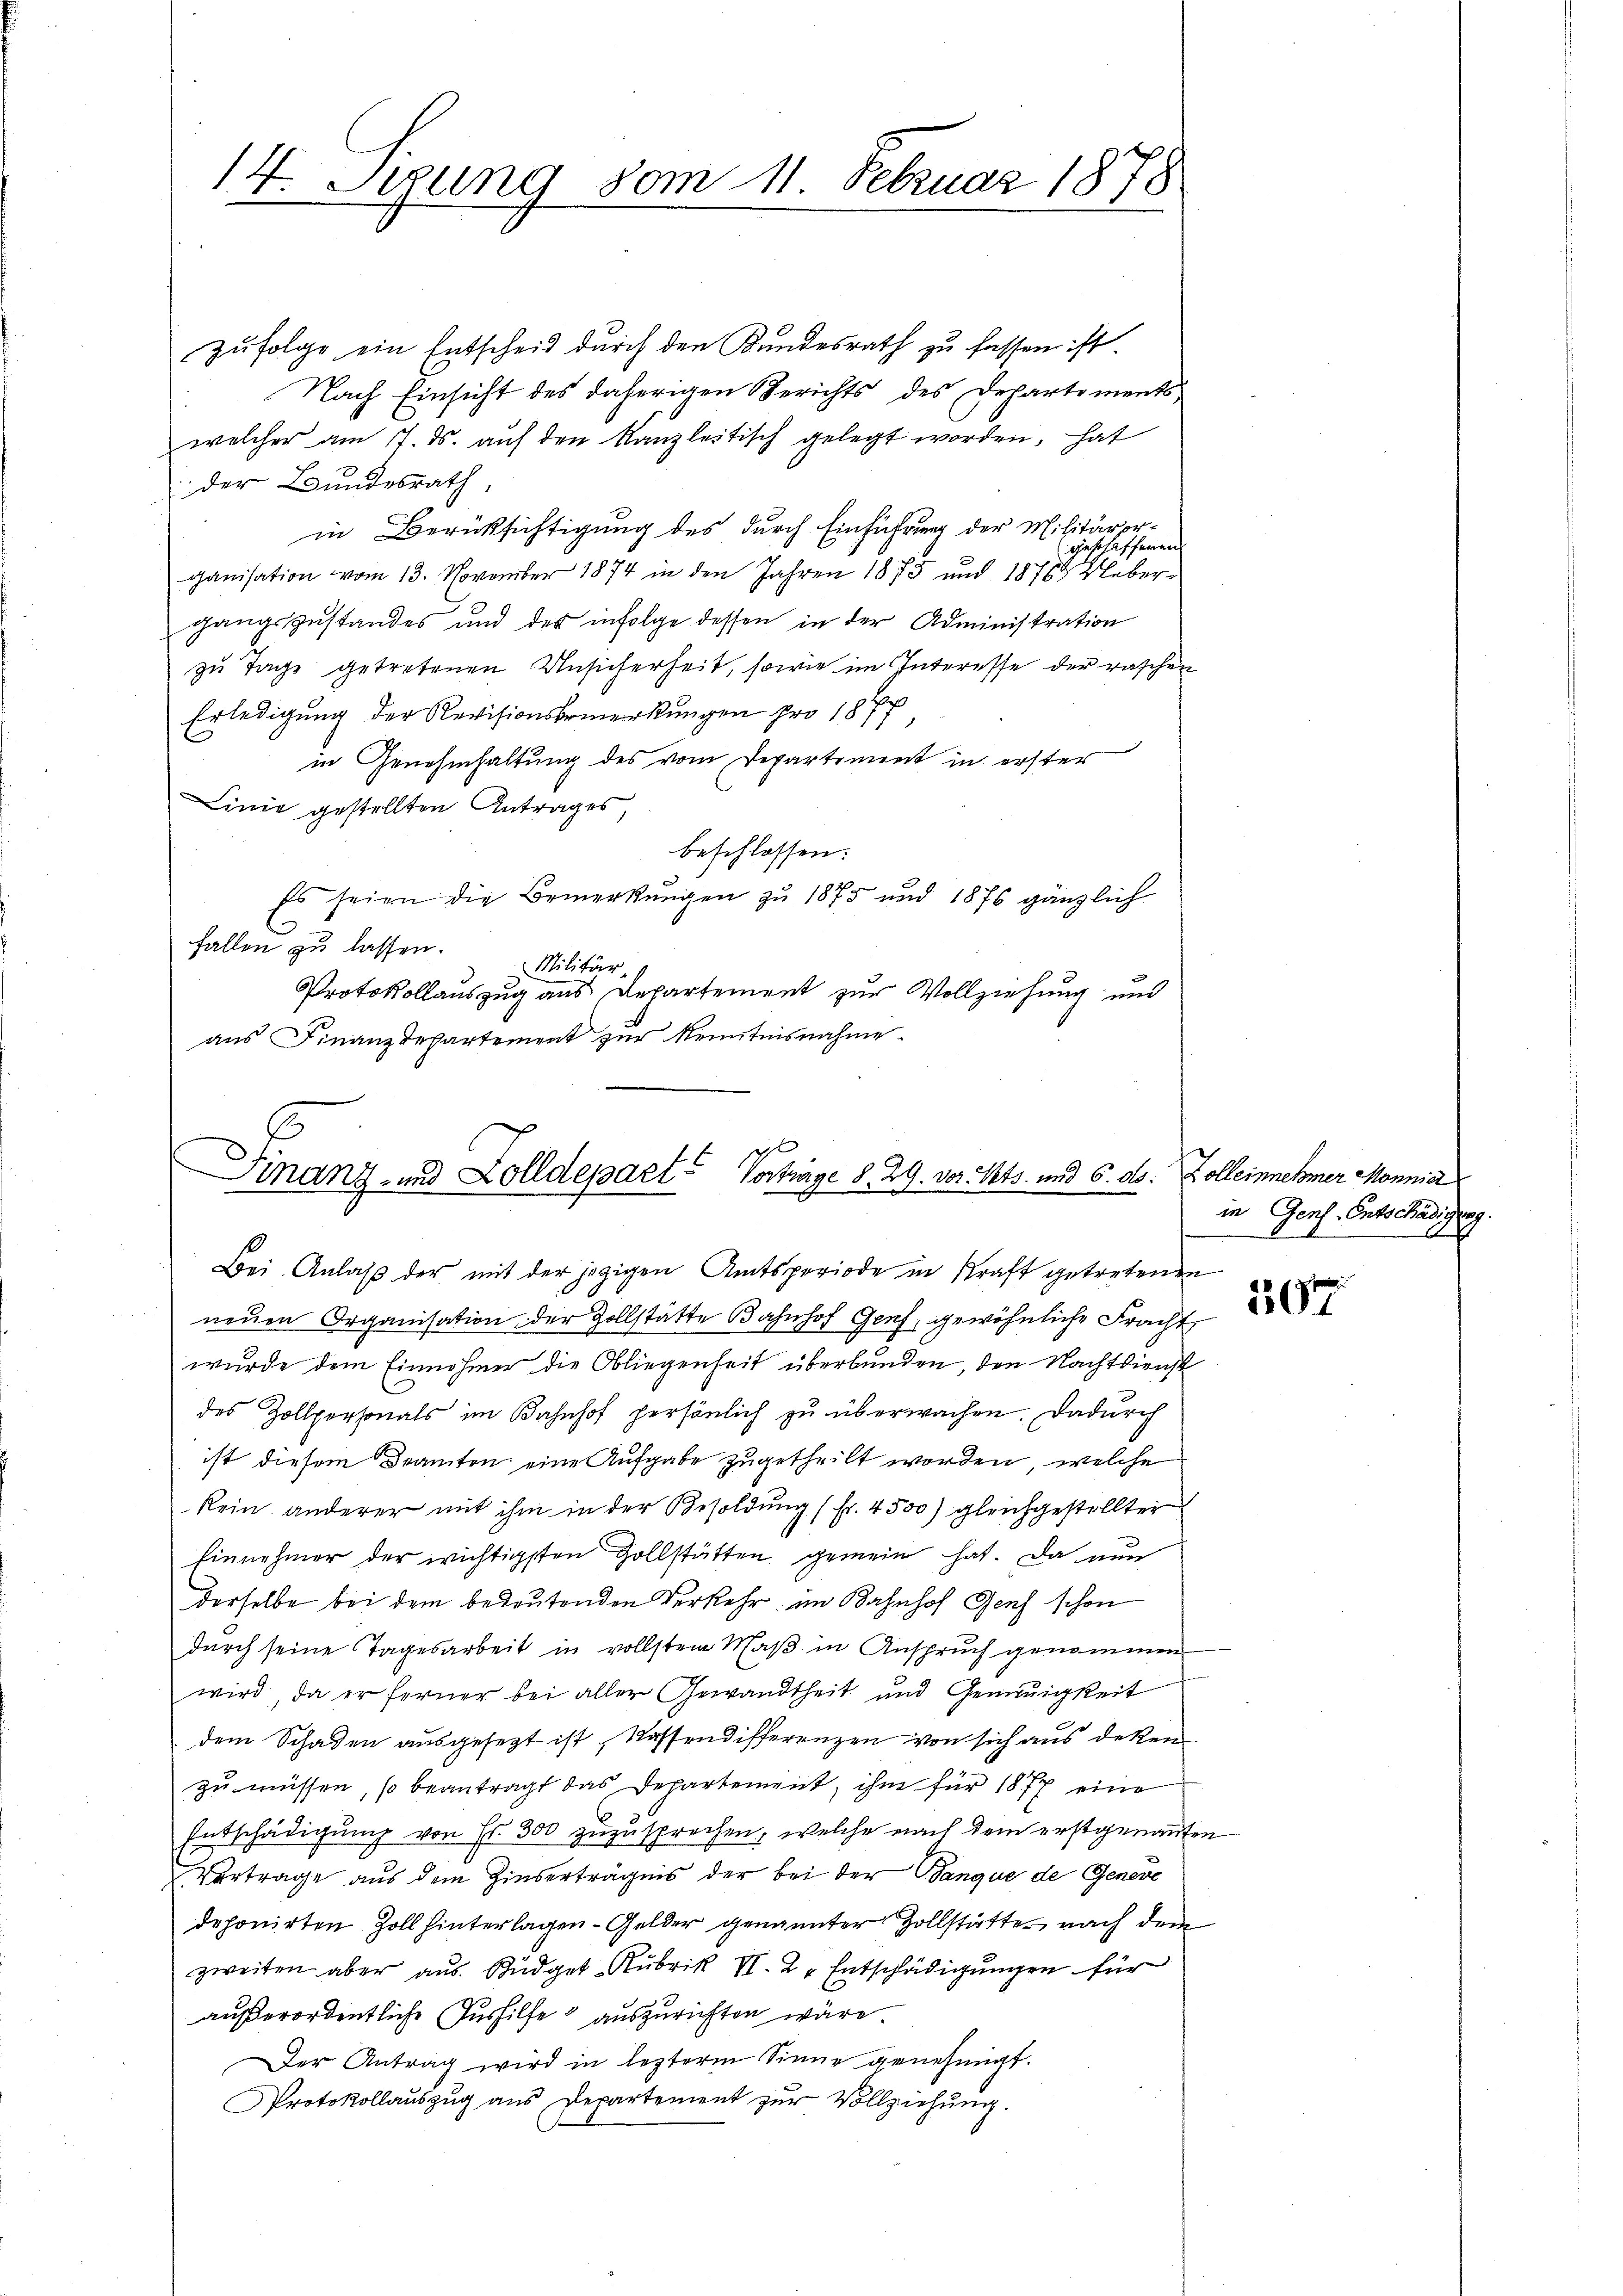
14. Setzung vom 11 Februar 1878

zŭfolge ein Entscheid durch den Kundesrath zu fassen ist.
Nach Einsicht des daherigen Berichts des Departements
welcher am 7. ds. aŭf den kanzleitisch gelegt worden, hat
 der Bundesrath
in Berüksichtigung des durch Einführung der Militärergeschäffenen
ganisation vom 13. November 1874 in den Jahren 1875 und 1876 Webergangszustandes und des infolge dessen in der Administration
zŭ Tage getretenen Unsicherheit, sowie im Interesse der raschen
Erledigung der Revisionsbemerkungen pro 1877,
in Genehmhaltung des vom Departement in erster
Linie gestellten Antrages,
beschlossen:
Es seien die Bemerkungen zu 1875 und 1876 gänzlich
fallen zu lassen.
Militär-
Protokollauszug aus Departement zur Vollziehung und
aus Finanzdepartement zur Kenntnisnahme.

ihl
Finanz- und Zolldepart Vortrage S. 29. vor. Mts. und 6. ds. Kolleinnehmer Mannia
Bei Anlaβ der mit der jezigen Amtsperiode in Kraft getretenen

neuen Organisation der Zollstätte Bahnhof Genf, gewöhnliche Fracht
wurde dem Einnahmer die Obliegenheit überbunden, den Nachtdienst
des Zollpersonals im Bahnhof persönlich zu überwachen. Dadurch
ist diesem Beamten eine Aufgabe zugetheilt worden, welche
kein anderer mit ihm in der Besoldung (Fr. 4500) gleichgestellter
hinnehmer der wichtigsten Zollstätten gemein hat. Da nun
derselbe bei dem bedeutenden Verkehr im Bahnhof Genf schon
durch seine Tagesarbeit in vollstem Maß in Anspruch genommen
wird, da er ferner bei aller Gewandtheit und Gemeinigkeit
dem Schaden ausgesezt ist, Kassendifferenzen von sich aus deken
zu müssen, so beantragt das Departement, ihm für 1877 eine
Entschädigŭng von Fr. 300 zuzusprechen, welche nach dem erstgenannten
Vertrage aus dem Zinserträgnis der bei der Banque de Geneve
deponirten Zoll hinterlagen - Gelder genannter Zollstätte nach dem
zweiten aber aus. Büdget-Rubrik VI. 2. Entschädigungen für
außerordentliche Aushilfe auszurichten wäre.
Der Antrag wird in lezterm Sinne genehmigt.
Protokollauszug aus Departement zur Vollziehung.

in Genf. Entschädigung

507